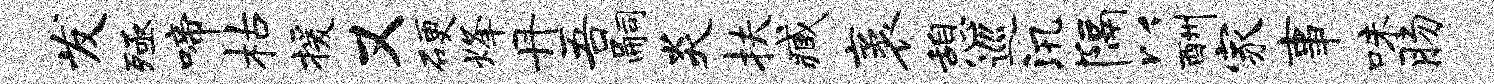
发殛啼枯援又硬烽丹吾嗣炎扶臧袤憩巡汛隔以酬家事味肠